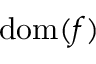
\operatorname { d o m } ( f )